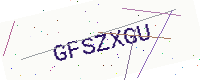
Text: GFSZXGU